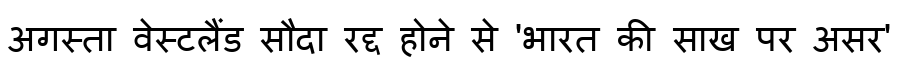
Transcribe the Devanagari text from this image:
अगस्ता वेस्टलैंड सौदा रद्द होने से 'भारत की साख पर असर'